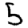
Digit: 5